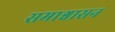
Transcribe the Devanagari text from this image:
समाश्वासन